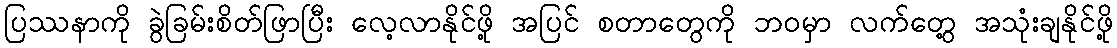
ပြဿနာကို ခွဲခြမ်းစိတ်ဖြာပြီး လေ့လာနိုင်ဖို့ အပြင် စတာတွေကို ဘဝမှာ လက်တွေ့ အသုံးချနိုင်ဖို့